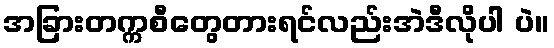
အခြားတက္ကစီတွေတားရင်လည်းအဲဒီလိုပါ ပဲ။